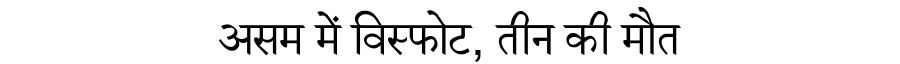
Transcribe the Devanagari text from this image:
असम में विस्फोट, तीन की मौत